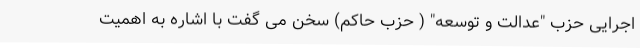
اجرایی حزب "عدالت و توسعه" ( حزب حاکم) سخن می گفت با اشاره به اهمیت